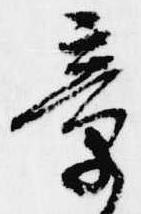
章